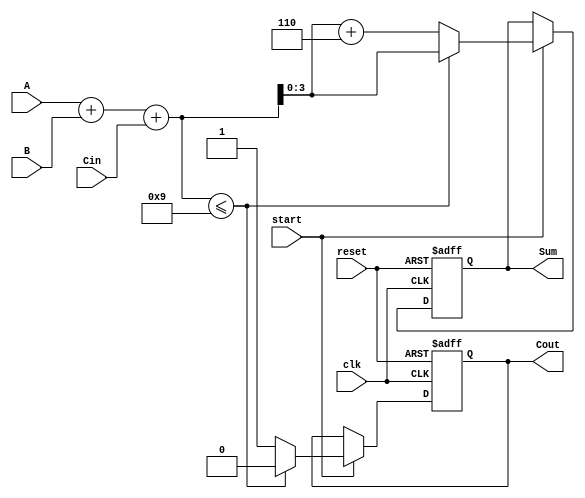
module BCD_Sequential_Adder (
    input wire clk,          // Clock signal
    input wire reset,        // Reset signal
    input wire start,        // Control signal to start addition
    input wire [3:0] A,      // BCD input A
    input wire [3:0] B,      // BCD input B
    input wire Cin,          // Carry input
    output reg [3:0] Sum,    // BCD Sum output
    output reg Cout          // Carry output
);

// Intermediate signals
reg [4:0] Temp;  // 5-bit to hold the intermediate sum

always @(posedge clk or posedge reset) begin
    if (reset) begin
        Sum <= 4'b0000;   // Reset Sum
        Cout <= 1'b0;     // Reset Carry Out
    end else if (start) begin
        // Step 1: Binary addition
        Temp = A + B + Cin;

        // Step 2: BCD correction
        if (Temp <= 5'd9) begin
            Sum <= Temp[3:0]; // Lower 4 bits
            Cout <= 1'b0;      // No carry
        end else begin
            Temp = Temp + 5'd6; // Add 6 for BCD correction
            Sum <= Temp[3:0];   // Lower 4 bits
            Cout <= 1'b1;       // Set carry
        end
    end
end

endmodule